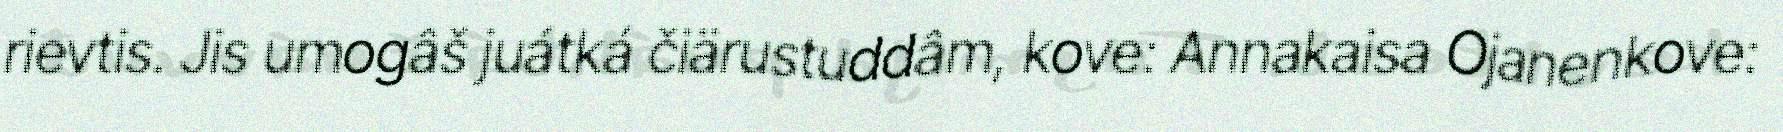
rievtis. Jis umogâš juátká čiärustuddâm, kove: Annakaisa Ojanenkove: